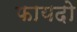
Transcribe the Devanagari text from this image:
फायदो